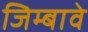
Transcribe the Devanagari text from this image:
जिम्बावे